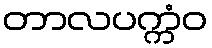
တာလပက္ကံဝ